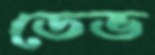
ডেভ